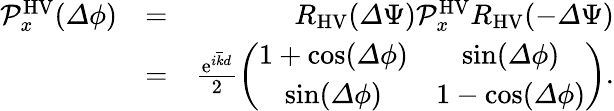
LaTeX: \begin{array}{rlr}{\mathcal{P}_{x}^{\mathrm{HV}}({\mathit\Delta\phi})}&{=}&{R_{\mathrm{HV}}({\mathit\Delta\Psi})\mathcal{P}_{x}^{\mathrm{HV}}R_{\mathrm{HV}}(-{\mathit\Delta\Psi})}\\ &{=}&{\frac{\mathrm{e}^{i\overline{{k}}d}}{2}\left(\begin{array}{cc}{1+\cos({\mathit\Delta\phi})}&{\sin({\mathit\Delta\phi})}\\ {\sin({\mathit\Delta\phi})}&{1-\cos({\mathit\Delta\phi})}\end{array}\right).}\end{array}